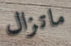
ماتزال